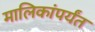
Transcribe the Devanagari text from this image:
मालिकांपर्यंत